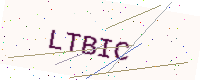
Text: LTBIC